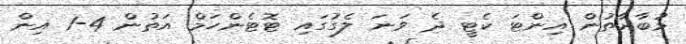
މުބާރާތުން އިންޓަ ކެޓީ ދެ ވަނަ ލެގުގައި ޓޮޓެންހަމް އަތުން 4-1 އިން